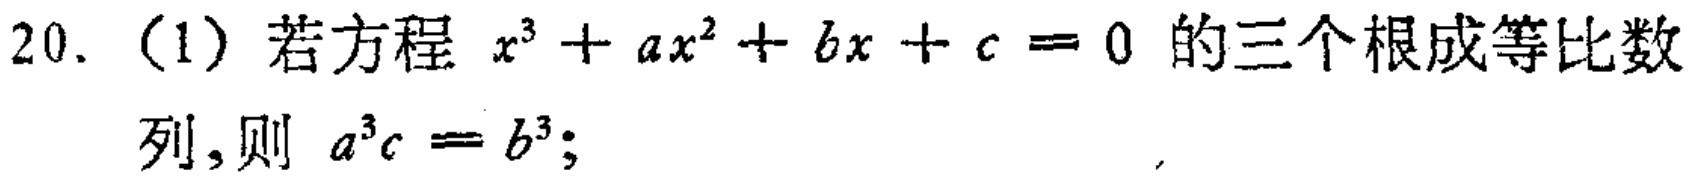
20. (1) 若方程 \(x^{3}+ax^{2}+bx + c = 0\) 的三个根成等比数列, 则 \(a^{3}c = b^{3}\);